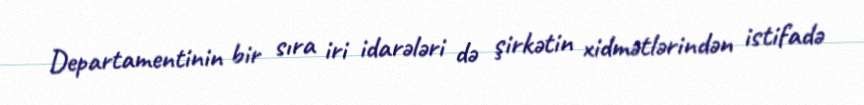
Departamentinin bir sıra iri idarələri də şirkətin xidmətlərindən istifadə